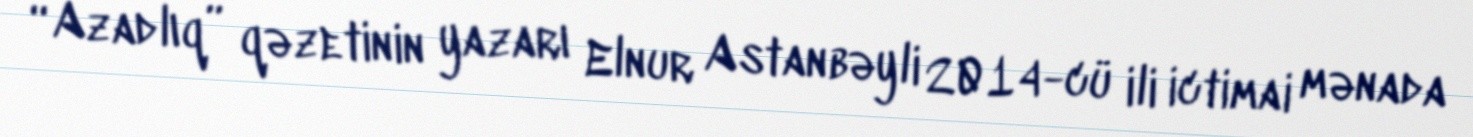
“Azadlıq” qəzetinin yazarı Elnur Astanbəyli 2014-cü ili ictimai mənada